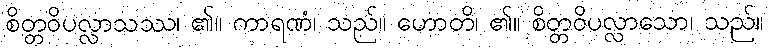
စိတ္တဝိပလ္လာသဿ၊ ၏။ ကာရဏံ၊ သည်။ ဟောတိ၊ ၏။ စိတ္တဝိပလ္လာသော၊ သည်။